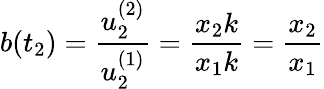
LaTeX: b(t_{2})=\frac{u_{2}^{(2)}}{u_{2}^{(1)}}=\frac{x_{2}k}{x_{1}k}=\frac{x_{2}}{x_{1}}